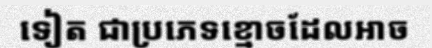
ទៀត ជាប្រភេទខ្មោចដែលអាច